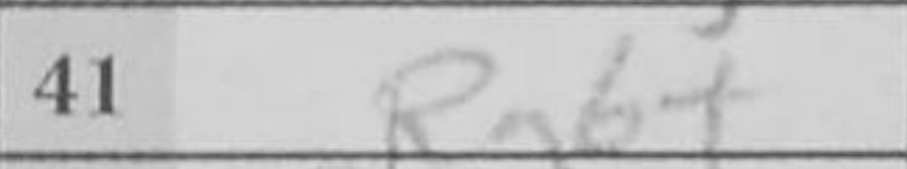
Transcription: Rg6+